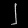
Digit: ၂